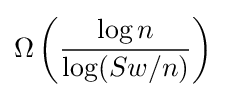
\Omega \left({\frac {\log n}{\log(Sw/n)}}\right)